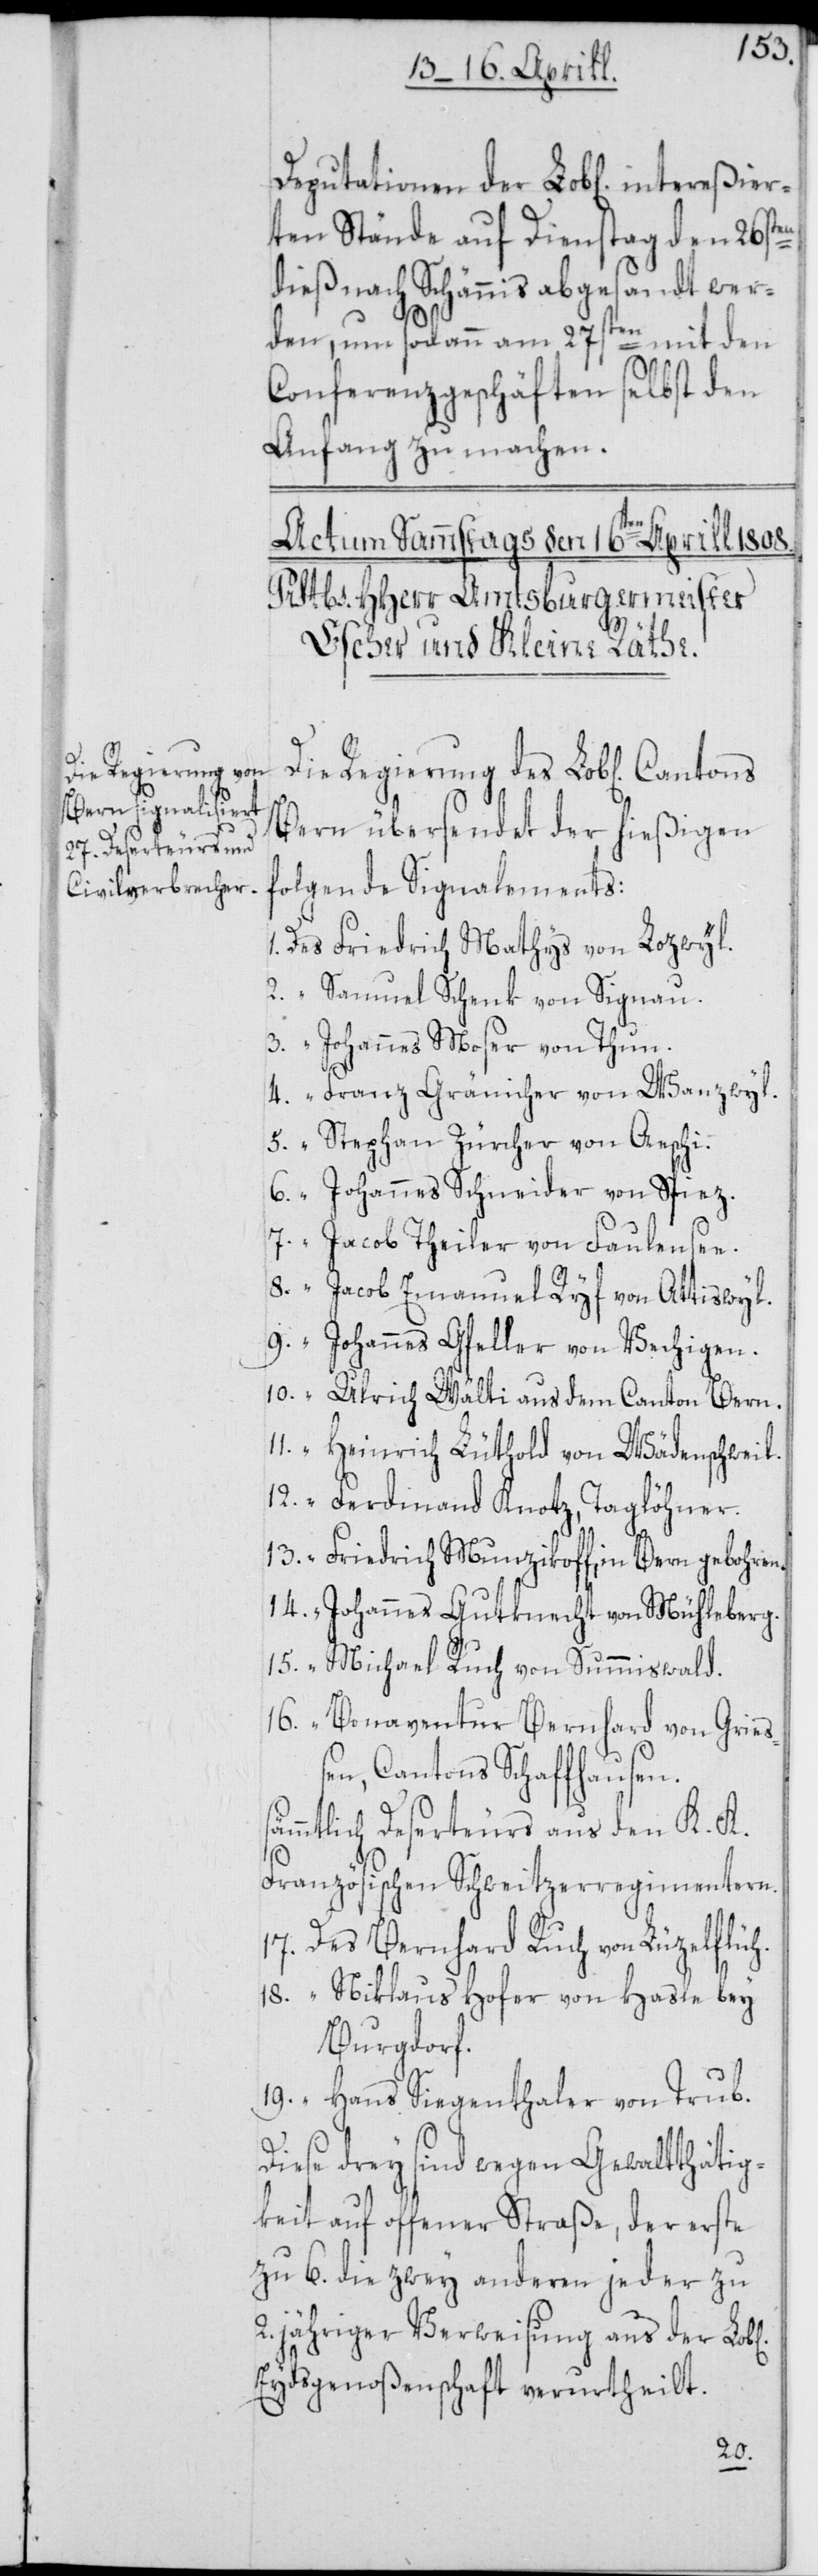
Die Regierung des

Deputationen der Lob[lichen] inter¬
rten Stände auf Dienstag den 26sten
dieß nach Schännis abgesandt wer¬
den, um sodann am 27sten mit den
Conferenzgeschäften selbst den
Anfang zu machen.
Bern übersendet der hießigen
folgende Signalements:
Des Friedrich Mathys von Lozwil.
2. “ Samuel Schenk von Signau.
3. “ Johannes Moser von Thun.
chen]
4. “ Franz Gränicher von Wanzwyl.
5. “ Stephan Zürcher von Aeschi.
6. “ Johannes Schneider von Spiez.
7. “ Jacob Theiler von Faulensee.
8. “ Jacob Emanuel Ryf von Attiswyl.
9. “ Johannes Gfeller von Vechigen.
10. “ Ulrich Wälti aus dem Canton Bern.
“ Heinrich Lüthold von Wädenschweil.
12. “ Ferdinand Knotz, Taglöhner.
13. “ Friedrich Munzikoff, in Bern geboren.
14. “ Johannes Gutknecht von Mühleberg.
15. “ Michael Ruch von Summiswald.
16. “ Bonaventur Bernhard von Grieß¬
en, Cantons Schaffhausen.
mmtlich Deserteurs aus den K.
ranzösischen Schweitzerregimentern.
17. Des Bernhard Ruch von Lüzelflüh.
18. “ Niklaus Hofer von Hasle bey
Burgdorf.
19. “ Hans Siegenthaler von Trub.
Diese drey sind wegen Gewaltthätig¬
keit auf offener Straße, der erste
zu 6. die zwey anderen jeder zu
jähriger Verweisung aus der Lo¬
Eydsgenoßenschaft verurtheilt.